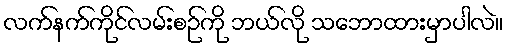
လက်နက်ကိုင်လမ်းစဉ်ကို ဘယ်လို သဘောထားမှာပါလဲ။